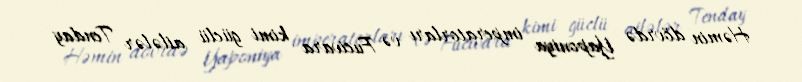
Həmin dövrdə Yaponiya imperatorları və Fucivara kimi güclü ailələr Tenday